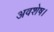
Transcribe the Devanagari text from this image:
अवशेष।